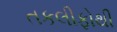
તકલીફોથી